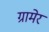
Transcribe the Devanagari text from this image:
ग्रामेर